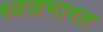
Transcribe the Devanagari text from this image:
ध्वजभारत